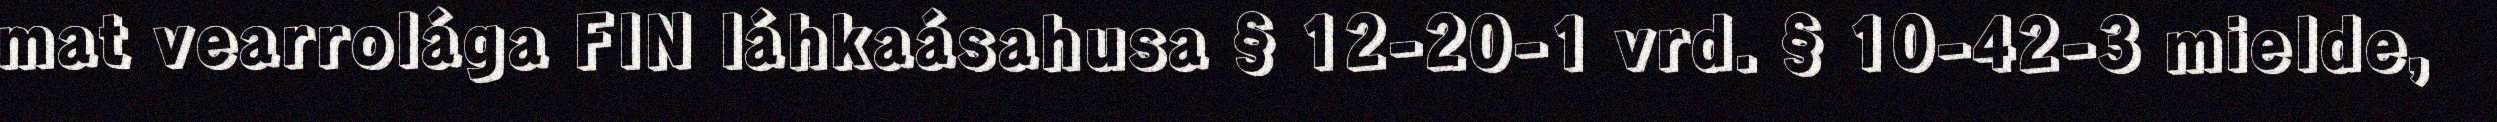
mat vearrolága FIN láhkaásahusa § 12-20-1 vrd. § 10-42-3 mielde,